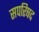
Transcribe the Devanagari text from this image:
सपरिषद